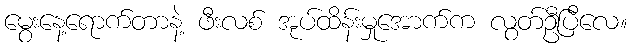
မွေးနေ့ရောက်တာနဲ့ ဖီးလစ် အုပ်ထိန်းမှုအောက်က လွတ်ဦပြီလေ။